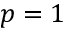
p = 1